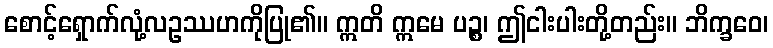
စောင့်ရှောက်လုံ့လဥဿဟကိုပြု၏။ ဣတိ ဣမေ ပဉ္စ၊ ဤငါးပါးတို့တည်း။ ဘိက္ခဝေ၊